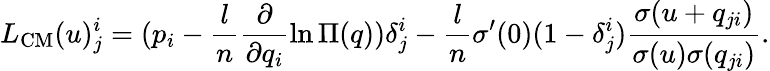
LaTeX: L_{\mathrm{CM}}(u)_{j}^{i}=(p_{i}-\frac{l}{n}\frac{\partial}{\partial q_{i}}\ln\Pi(q))\delta_{j}^{i}-\frac{l}{n}\sigma^{\prime}(0)(1-\delta_{j}^{i})\frac{\sigma(u+q_{ji})}{\sigma(u)\sigma(q_{ji})}.